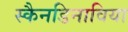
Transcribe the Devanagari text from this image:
स्कैनडिनाविया